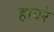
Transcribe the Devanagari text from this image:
हावरे